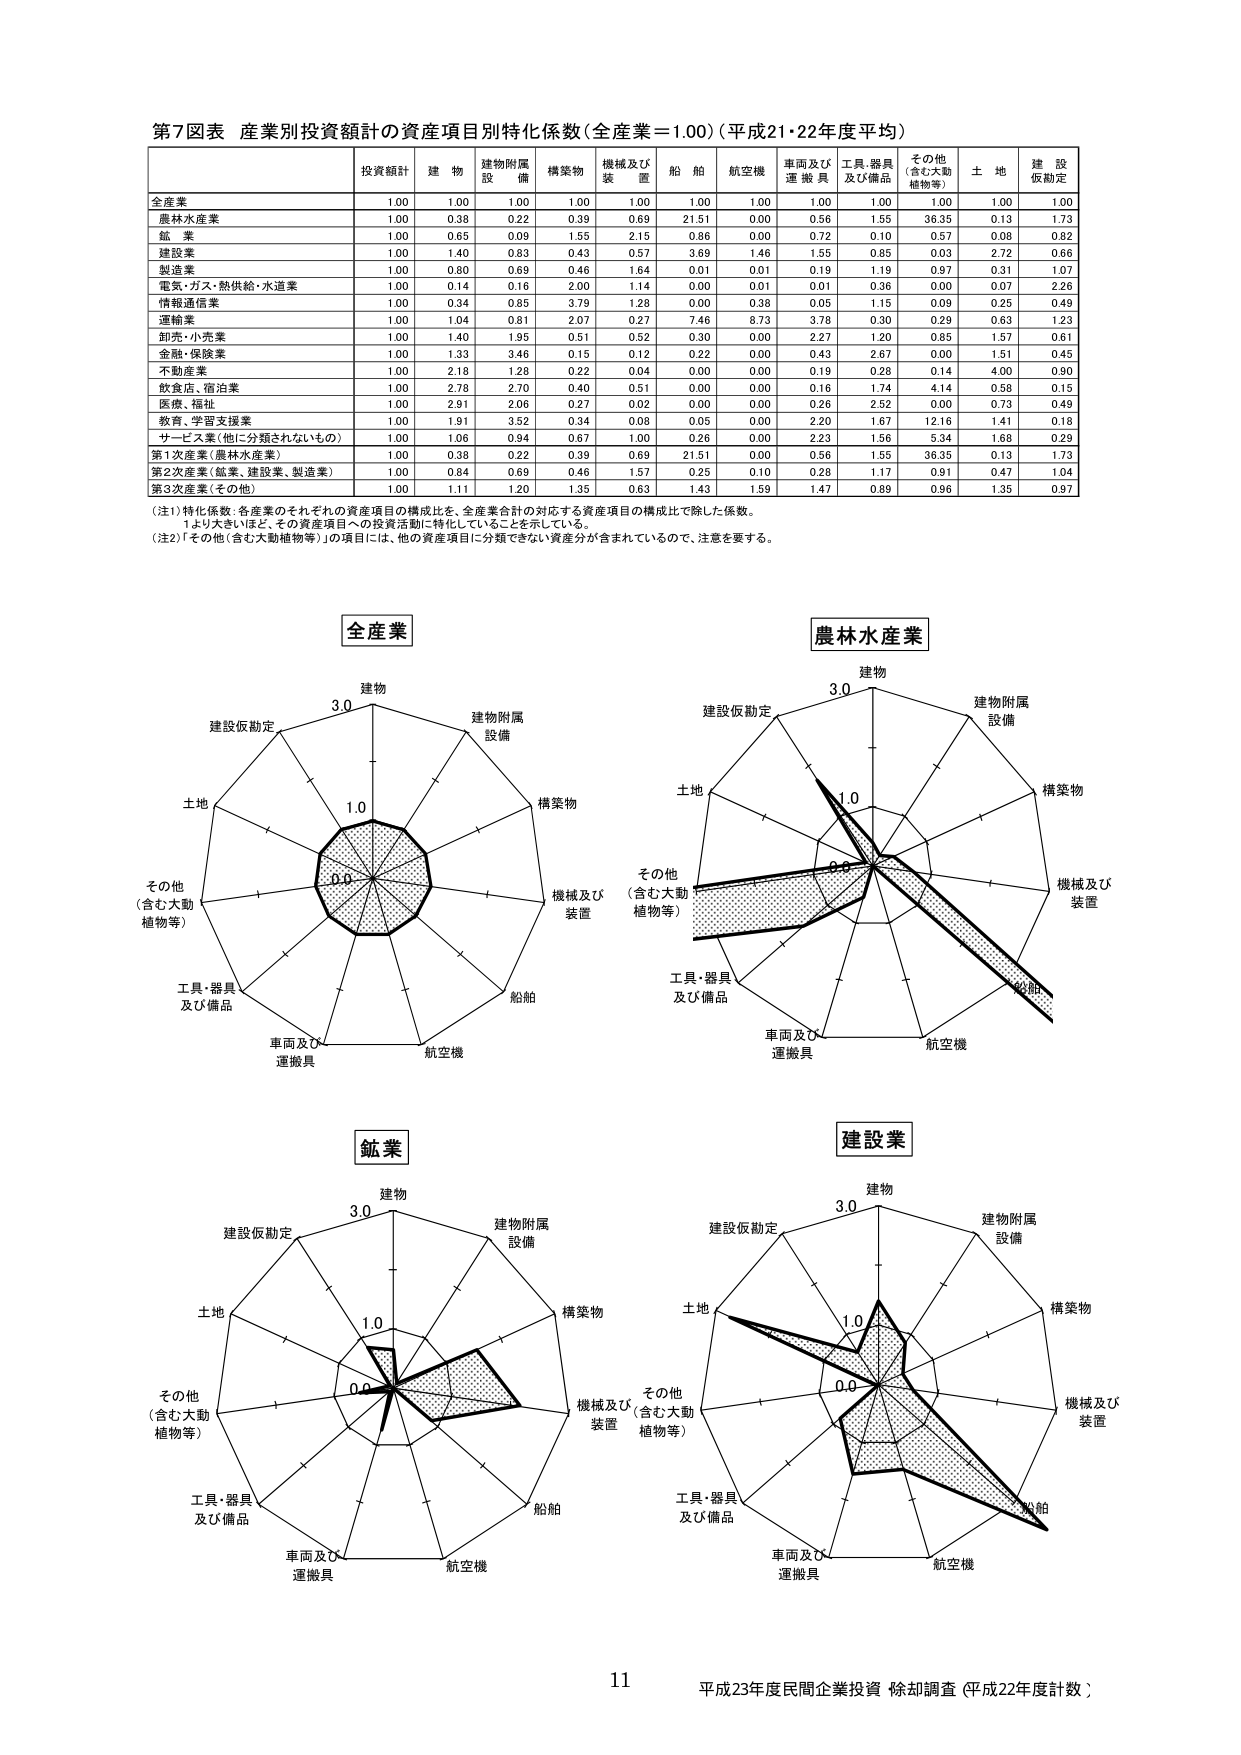
第7図表 産業別投資額目の資産項目別特化係数（全産業＝1.00）（平成21・22年度平均）

投資額計 建物 建物附属設備 構築物 機械及び装置 船舶 航空機 車両及び運搬具 工具・器具及び備品 その他（含む大動植物等） 土地 建設仮勘定

全産業 1.00 1.00 1.00 1.00 1.00 1.00 1.00 1.00 1.00 1.00 1.00 1.00
農林水産業 1.00 0.38 0.22 0.39 0.69 21.51 0.00 0.56 1.55 36.35 0.13 1.73
鉱業 1.00 0.65 0.09 1.55 2.15 0.86 0.00 0.72 0.10 0.57 0.08 0.82
建設業 1.00 1.40 0.83 0.43 0.57 3.69 1.46 1.55 0.85 0.03 2.72 0.66
製造業 1.00 0.80 0.69 0.46 1.64 0.01 0.01 0.19 1.19 0.97 0.31 1.07
電気・ガス・熱供給・水道業 1.00 0.14 0.16 2.00 1.14 0.00 0.01 0.01 0.36 0.00 0.07 2.26
情報通信業 1.00 0.34 0.85 3.79 1.28 0.00 0.38 0.05 1.15 0.09 0.25 0.49
運輸業 1.00 1.04 0.81 2.07 0.27 7.46 8.73 3.78 0.30 0.29 0.63 1.23
卸売・小売業 1.00 1.40 1.95 0.51 0.52 0.30 0.00 2.27 1.20 0.85 1.57 0.61
金融・保険業 1.00 1.33 3.46 0.15 0.12 0.22 0.00 0.43 2.67 0.00 1.51 0.45
不動産業 1.00 2.18 1.28 0.22 0.04 0.00 0.00 0.19 0.28 0.14 4.00 0.90
飲食店・宿泊業 1.00 2.78 2.70 0.40 0.51 0.00 0.00 0.16 1.74 4.14 0.58 0.15
医療・福祉 1.00 2.91 2.06 0.27 0.02 0.00 0.00 0.26 2.52 0.00 0.73 0.49
教育・学習支援業 1.00 1.91 3.52 0.34 0.08 0.05 0.00 2.20 1.67 12.16 1.41 0.18
サービス業（他に分類されないもの） 1.00 1.06 0.94 0.67 1.00 0.26 0.00 2.23 1.56 5.34 1.68 0.29
第1次産業（農林水産業） 1.00 0.38 0.22 0.39 0.69 21.51 0.00 0.56 1.55 36.35 0.13 1.73
第2次産業（鉱業、建設業、製造業） 1.00 0.84 0.69 0.46 1.57 0.25 0.10 0.28 1.17 0.91 0.47 1.04
第3次産業（その他） 1.00 1.11 1.20 1.35 0.63 1.43 1.59 1.47 0.89 0.96 1.35 0.97

（注1）特化係数：各産業のそれぞれの資産項目の構成比を、全産業合計の対応する資産項目の構成比で除した係数。
　　1より大きいほど、その資産項目への投資活動に特化していることを示している。
（注2）「その他（含む大動植物等）」の項目には、他の資産項目に分類できない資産分が含まれているので、注意を要する。

全産業
建物
建設仮勘定
土地
その他（含む大動植物等）
工具・器具及び備品
車両及び運搬具
航空機
船舶
機械及び装置
構築物
建物附属設備
3.0
1.0
0.0

農林水産業
建物
建設仮勘定
土地
その他（含む大動植物等）
工具・器具及び備品
車両及び運搬具
航空機
船舶
機械及び装置
構築物
建物附属設備
3.0
1.0
0.0

鉱業
建物
建設仮勘定
土地
その他（含む大動植物等）
工具・器具及び備品
車両及び運搬具
航空機
船舶
機械及び装置
構築物
建物附属設備
3.0
1.0
0.0

建設業
建物
建設仮勘定
土地
その他（含む大動植物等）
工具・器具及び備品
車両及び運搬具
航空機
船舶
機械及び装置
構築物
建物附属設備
3.0
1.0
0.0

11
平成23年度民間企業投資 除却調査（平成22年度計数）